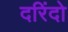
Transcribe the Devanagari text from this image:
दरिंदो